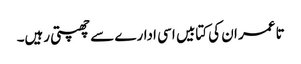
تا عمر ان کی کتابیں اسی ادارے سے چھپتی رہیں۔